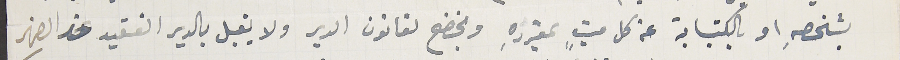
بشخصه او بالكتابة عن كل ميتٍ بمفردهِ وبخضع لقانون الدير ولا يقبل بالدير الفقيد عند الضهر